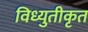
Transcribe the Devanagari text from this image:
विध्युतीकृत